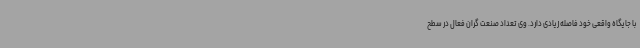
با جایگاه واقعی خود فاصله زیادی دارد. وی تعداد صنعت گران فعال در سطح